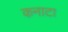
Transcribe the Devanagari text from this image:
कनाटा